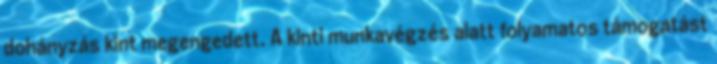
dohányzás kint megengedett. A kinti munkavégzés alatt folyamatos támogatást